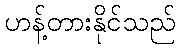
ဟန့်တားနိုင်သည်